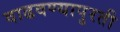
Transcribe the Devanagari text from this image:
वाढवण्यापुरती